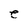
Character: e